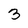
Character: 3